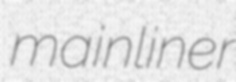
mainliner